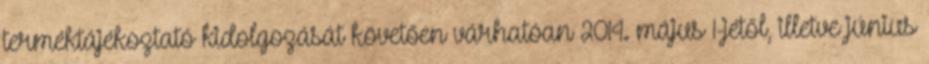
terméktájékoztató kidolgozását követően várhatóan 2014. május 1-jétől, illetve június